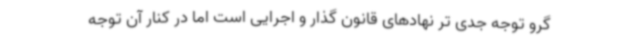
گرو توجه جدی تر نهادهای قانون گذار و اجرایی است اما در کنار آن توجه